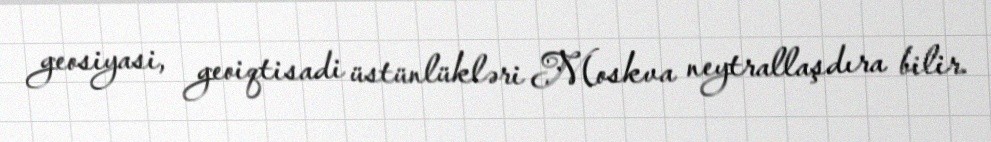
geosiyasi, geoiqtisadi üstünlükləri Moskva neytrallaşdıra bilir.